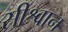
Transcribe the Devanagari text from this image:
सीश्वान